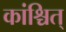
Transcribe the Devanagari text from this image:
कांश्चित्